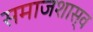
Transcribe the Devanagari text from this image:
समाजशास्व